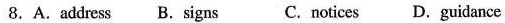
8.A.Address B.Signs C.Notices D.Guidance